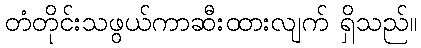
တံတိုင်းသဖွယ်ကာဆီးထားလျက် ရှိသည်။